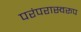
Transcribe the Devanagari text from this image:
परंपरास्वरूप